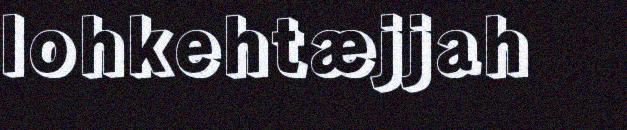
lohkehtæjjah